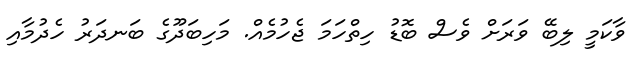
ވާކަމީ ލިބޭ ވަރަށް ވެސް ބޮޑު ހިތްހަމަ ޖެހުމެއް. މަހިބަދޫގެ ބަނދަރު ހެދުމާއި